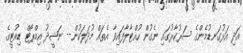
އަދި އަޅުގަނޑުމެންގެ ސަރުކާރުގައި ނެގުން ހުއްޓާލާފައިވާ އެތައް މުދަލަކުން-- ނަޝީދު އިމްޕޯޓް ޑިއުޓީގެ